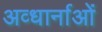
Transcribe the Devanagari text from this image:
अव्धार्नाओं